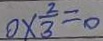
0 \times \frac { 2 } { 3 } = 0